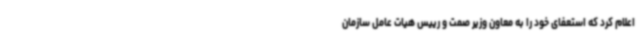
اعلام کرد که استعفای خود را به معاون وزیر صمت و رییس هیات عامل سازمان